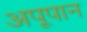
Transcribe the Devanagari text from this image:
अपूपान